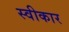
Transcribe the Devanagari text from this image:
स्वीकार